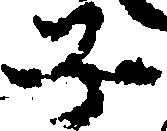
子